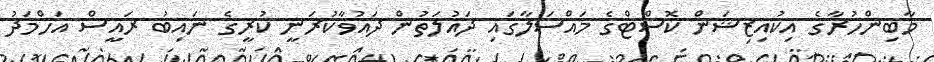
މާބިންހުރާގެ އިކުއިޒިޝަން ކޮސްޓްގެ މައްސަލާގައި ދައުލަތުން ދައުވާކުރަނީ ކުރީގެ ނައިބު ރައީސް އަހްމަދު